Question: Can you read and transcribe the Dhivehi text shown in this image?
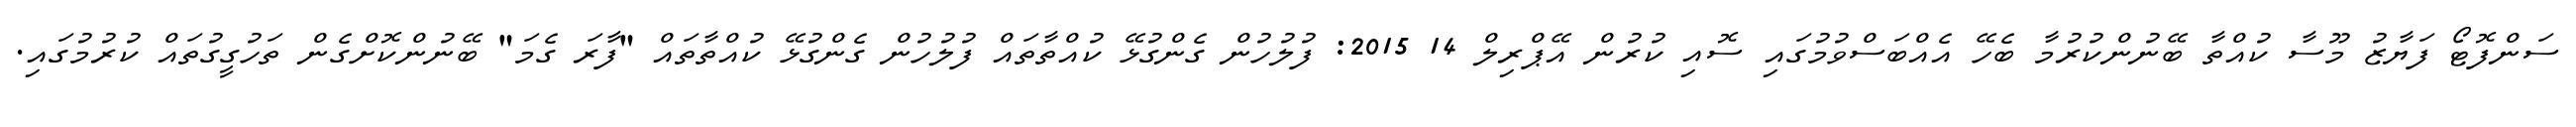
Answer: ސަންފޮޓޯ ފަޔާޒު މޫސާ ކުއްތާ ބޭނުންކުރުމާ ބެހޭ އެއްބަސްވުމުގައި ސޮއި ކުރުން އޭޕްރިލް 14 2015: ފުލުހުން ގެންގުޅޭ ކުއްތާތައް ފުލުހުން ގެންގުޅޭ ކުއްތާތައް "ފާރަ ގެމަ" ބޭނުންކޮށްގެން ތަހުގީގުތައް ކުރުމުގައި.